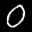
Label: 0